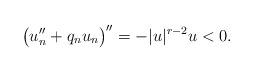
LaTeX: \begin{align*}\bigl(u_n''+q_n u_n\bigr)''=-|u|^{r-2}u<0 .\end{align*}